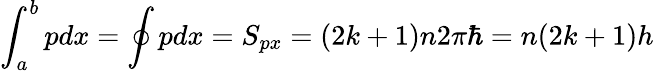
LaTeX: \int_{a}^{b}pdx=\oint pdx=S_{px}=(2k+1)n2\pi\hbar=n(2k+1)h